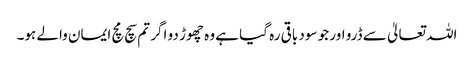
اللہ تعالیٰ سے ڈرو اور جو سود باقی رہ گیا ہے وہ چھوڑ دو اگر تم سچ مچ ایمان والے ہو۔